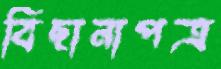
বিছানাপত্র